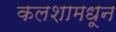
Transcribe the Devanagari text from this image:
कलशामधून